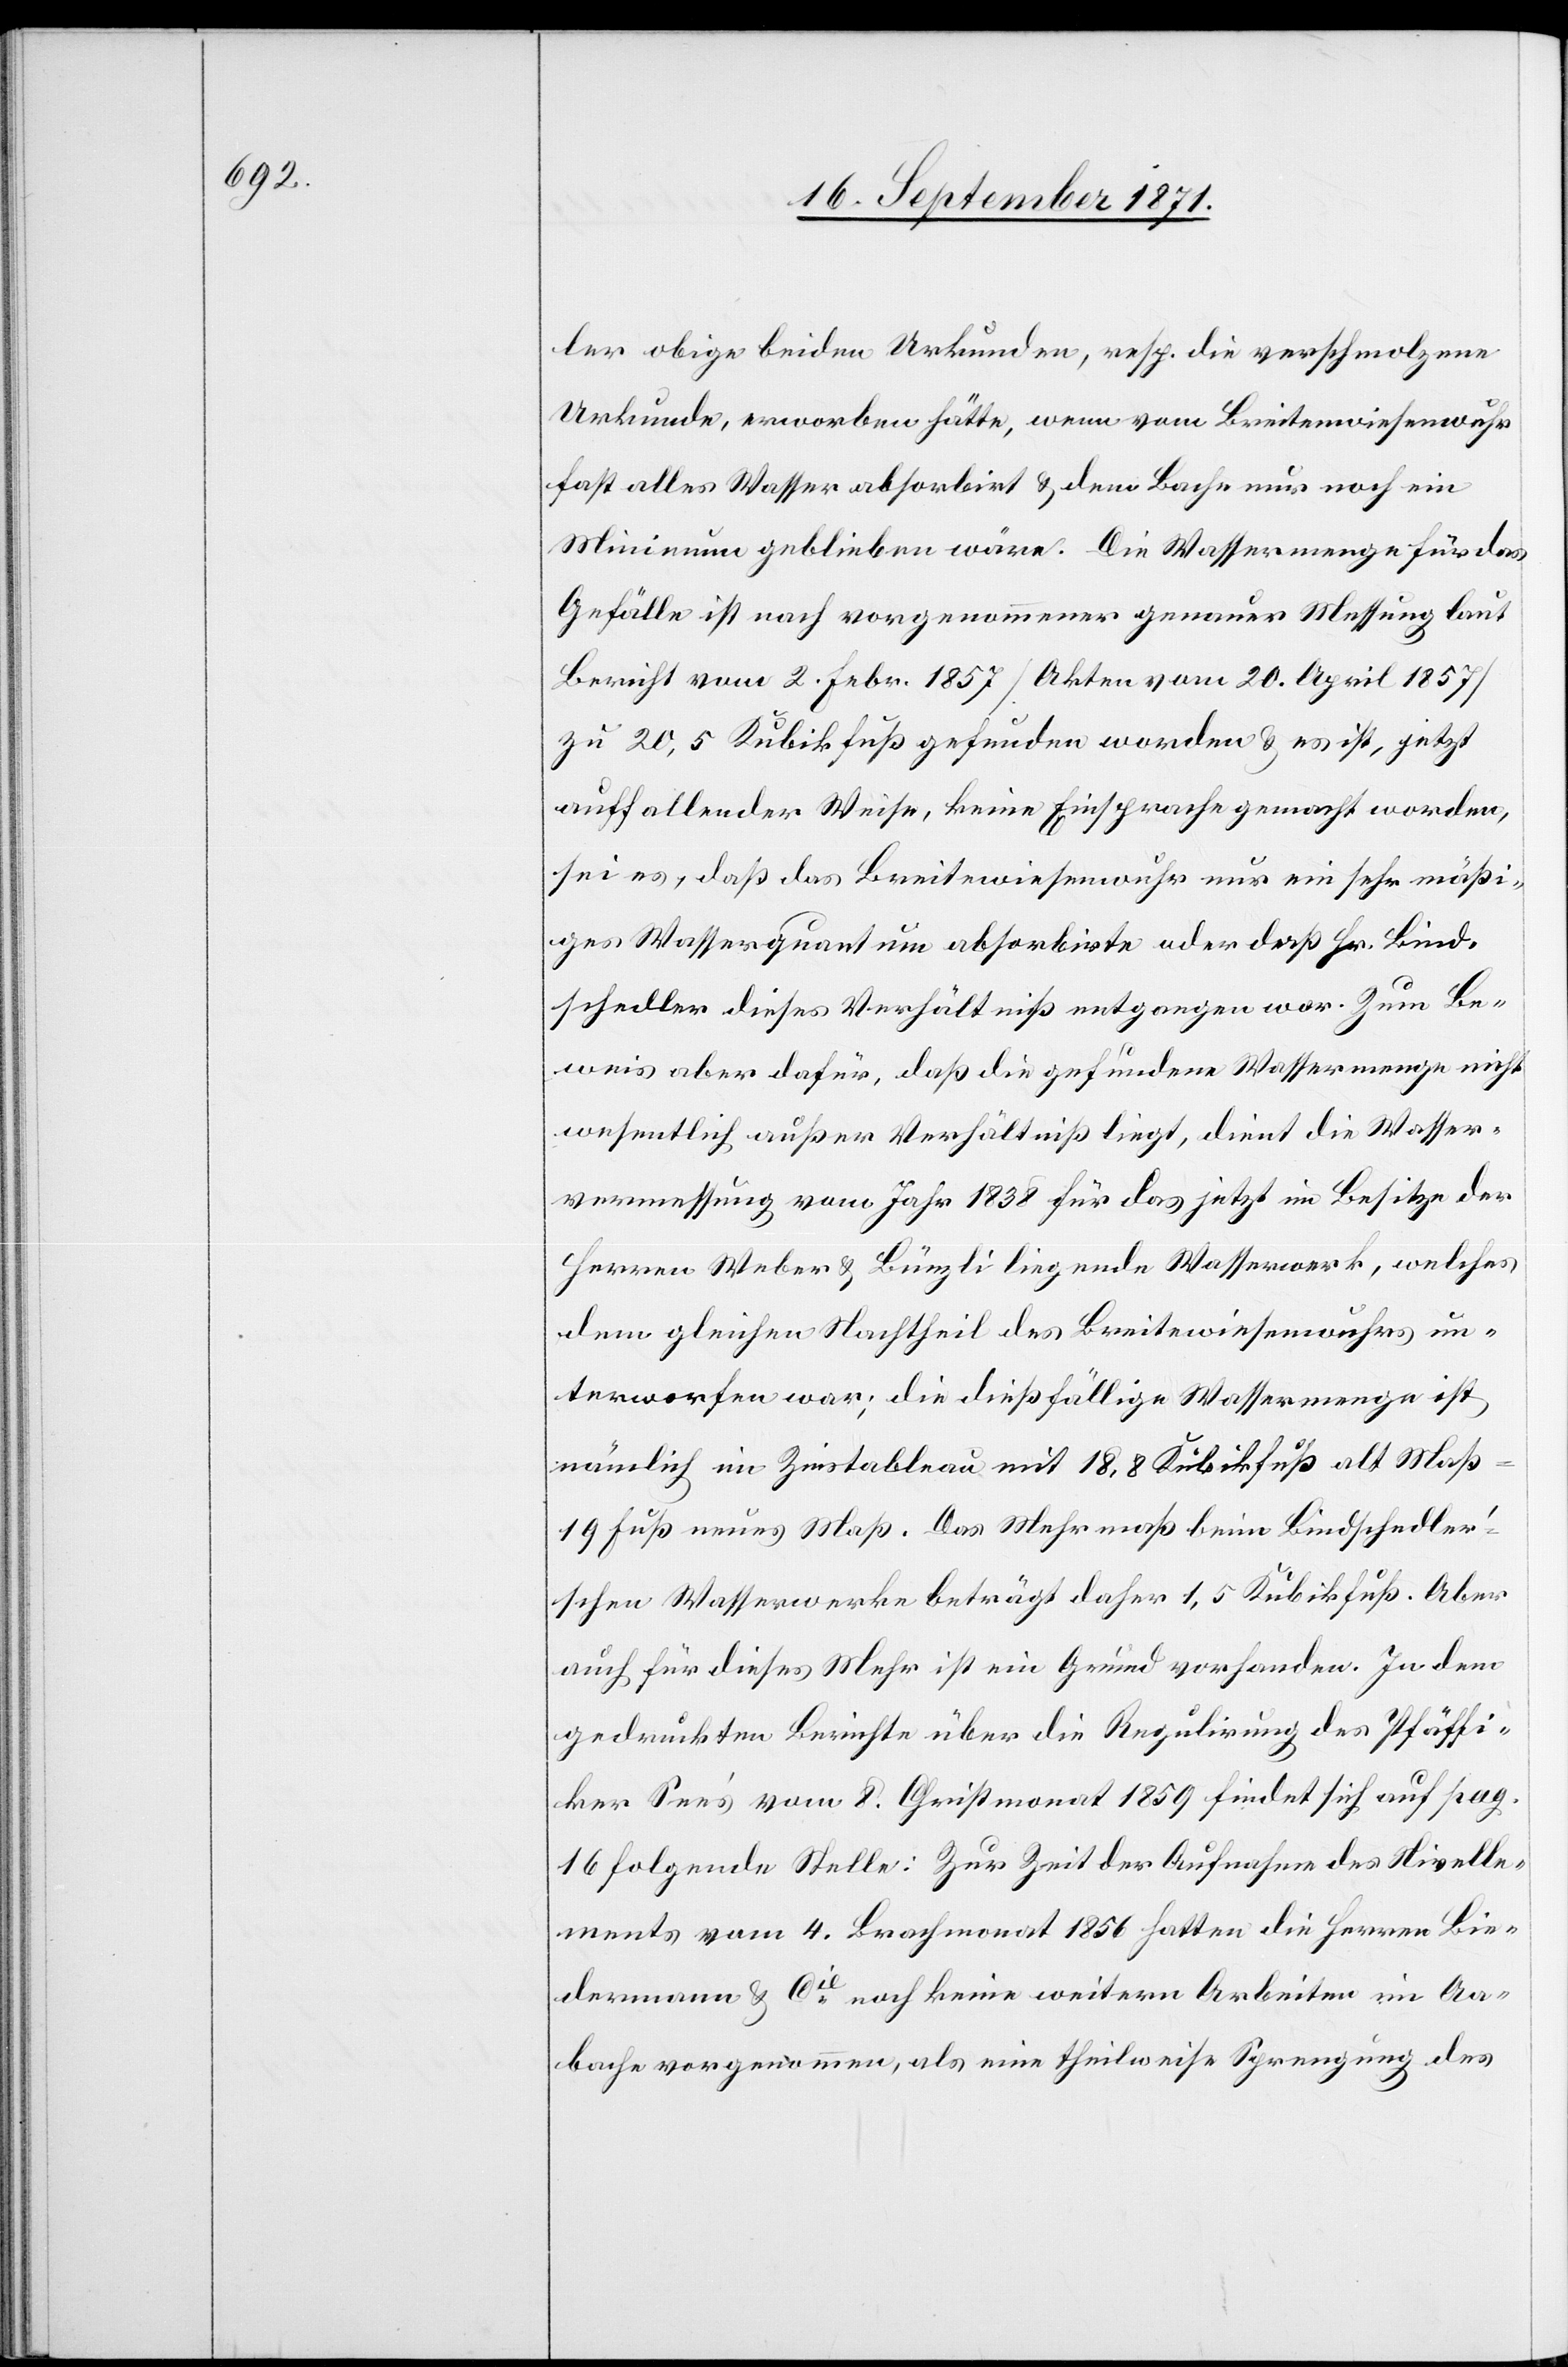
ler obige beiden Urkunden, resp. die verschmolzene
Urkunde, erworben hätte, wenn vom Breitewiesenwuhr
fast alles Wasser absorbirt & dem Bache nur noch ein
Minimum geblieben wäre. Die Wassermenge für das
Gefälle ist nach vorgenommener genauer Messung laut
Bericht vom 2. Febr. 1857 [Akten vom 20. April 1857]
zu 20,5 Kubikfuß gefunden worden & es ist, jetzt
auffallender Weise, keine Einsprache gemacht worden,
sei es, daß das Breitewiesenwuhr nur ein sehr mäßi¬
ges Wasserquantum absorbirt oder daß Hr. Bind¬
schedler dieses Verhältniß entgangen war. Zum Be¬
weis aber dafür, daß die gefundene Wassermenge nicht
wesentlich außer Verhältniß liegt, dient die Wasser¬
messung vom Jahr 1838 für das jetzt im Besitze der
Herren Weber & Bünzli liegende Wasserwerk, welches
dem gleichen Nachtheil des Breitewiesenwuhrs un¬
terworfen war; die dießfällige Wassermenge ist
nämlich im Zinstableau mit 18,8 Kubikfuß alt Maß
19 Fuß neues Maß. Das Mehrmaß beim Bindschedle¬
r’schen Wasserwerke beträgt daher 1,5 Kubikfuß. Aber
auch für dieses Mehr ist ein Grund vorhanden. In dem
gedruckten Berichte über die Regulirung des Pfäffi¬
ker See’s vom 8. Christmonat 1859 findet sich auf pag.
16 folgende Stelle: Zur Zeit der Aufnahme des Nivelle¬
ments vom 4. Brachmonat 1856 hatten die Herren Bie¬
dermann & Cie noch keine weitere Arbeiten im Aa¬
bache vorgenommen, als eine theilweise Sprengung des